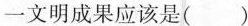
一文明成果应该是()